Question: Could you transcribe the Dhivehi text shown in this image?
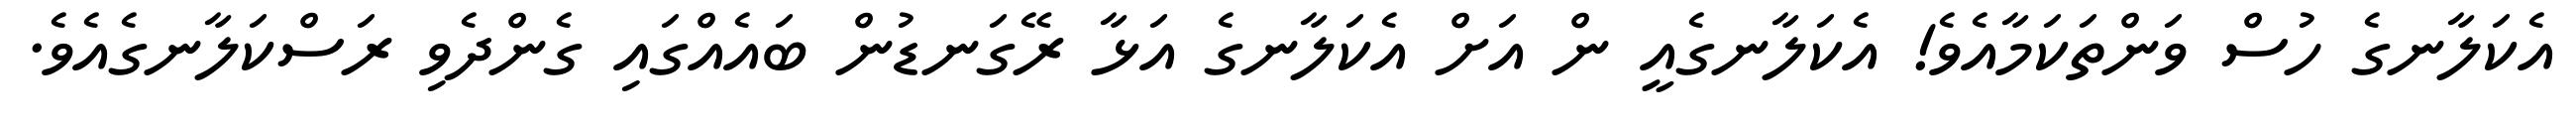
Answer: އެކަލާނގެ ހުސް ވަންތަކަމާއެވެ! އެކަލާނގެއީ ން އަށް އެކަލާނގެ އަޅާ ރޭގަނޑުން ބައެއްގައި ގެންދެވި ރަސްކަލާނގެއެވެ.